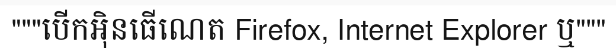
"""បើកអ៊ិនធើណេត Firefox, Internet Explorer ឬ"""